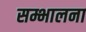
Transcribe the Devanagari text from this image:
सम्भालना